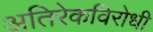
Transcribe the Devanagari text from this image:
अतिरेकविरोधी